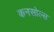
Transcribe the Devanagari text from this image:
कनसोल्स